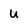
Character: u